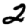
Digit: 2